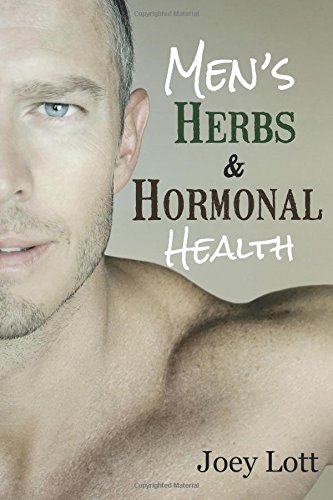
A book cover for Men's Herbs and Hormonal Health: Testosterone, BPH, Alopecia, Adaptogens, Prostate Health, and Much More; Joey Lott; Health, Fitness & Dieting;